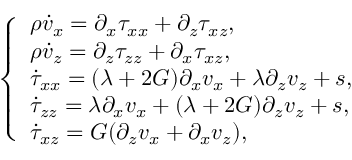
\left\{ \begin{array} { l l } { \rho \dot { v } _ { x } = \partial _ { x } \tau _ { x x } + \partial _ { z } \tau _ { x z } , } \\ { \rho \dot { v } _ { z } = \partial _ { z } \tau _ { z z } + \partial _ { x } \tau _ { x z } , } \\ { \dot { \tau } _ { x x } = ( \lambda + 2 G ) \partial _ { x } v _ { x } + \lambda \partial _ { z } v _ { z } + s , } \\ { \dot { \tau } _ { z z } = \lambda \partial _ { x } v _ { x } + ( \lambda + 2 G ) \partial _ { z } v _ { z } + s , } \\ { \dot { \tau } _ { x z } = G ( \partial _ { z } v _ { x } + \partial _ { x } v _ { z } ) , } \end{array} \right.